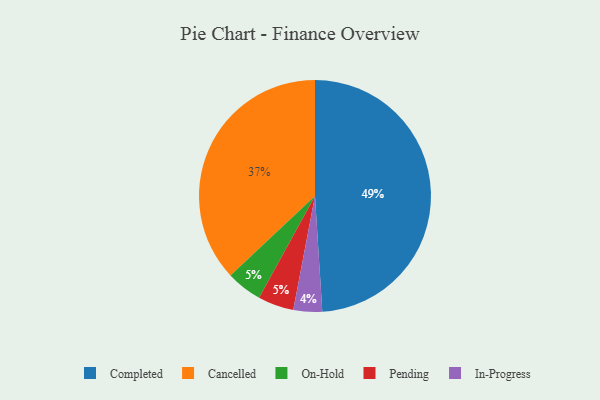
{"axis": {"x": "Category", "y": "Percentage"}, "legend": ["Cancelled", "Completed", "In-Progress", "On-Hold", "Pending"], "data": [{"x": "In-Progress", "y": 4, "type": "In-Progress"}, {"x": "Completed", "y": 49, "type": "Completed"}, {"x": "On-Hold", "y": 5, "type": "On-Hold"}, {"x": "Pending", "y": 5, "type": "Pending"}, {"x": "Cancelled", "y": 37, "type": "Cancelled"}]}